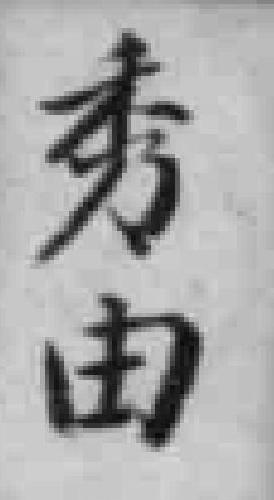
秀由